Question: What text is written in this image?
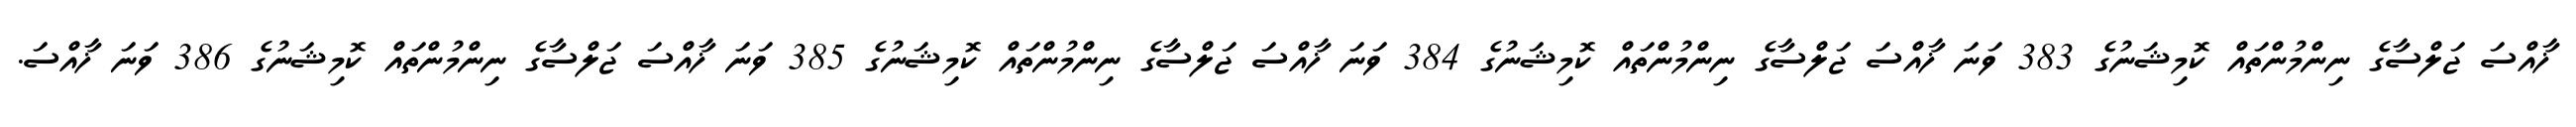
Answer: ޚާއްސަ ޖަލްސާގެ ނިންމުންތައް ކޮމިޝަނުގެ 383 ވަނަ ޚާއްސަ ޖަލްސާގެ ނިންމުންތައް ކޮމިޝަނުގެ 384 ވަނަ ޚާއްސަ ޖަލްސާގެ ނިންމުންތައް ކޮމިޝަނުގެ 385 ވަނަ ޚާއްސަ ޖަލްސާގެ ނިންމުންތައް ކޮމިޝަނުގެ 386 ވަނަ ޚާއްސަ.